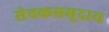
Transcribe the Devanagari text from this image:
सेवकसमुदाय